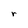
Character: r